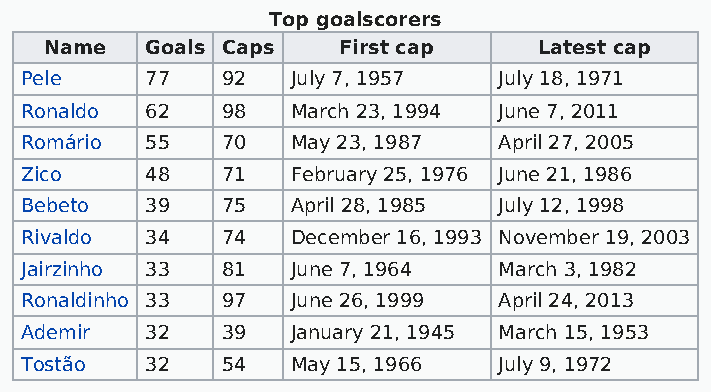
Top goalscorers
 Name   Goals Caps  First cap     Latest cap
 Pele     77   92  July 7, 1957  July 18, 1971
 Ronaldo  62   98  March 23, 1994 June 7, 2011
 Romário  55   70  May 23, 1987  April 27, 2005
 Zico     48   71  February 25, 1976 June 21, 1986
 Bebeto   39   75  April 28, 1985 July 12, 1998
 Rivaldo  34   74  December 16, 1993 November 19, 2003
 Jairzinho 33  81  June 7, 1964  March 3, 1982
 Ronaldinho 33 97  June 26, 1999 April 24, 2013
 Ademir   32   39  January 21, 1945 March 15, 1953
 Tostão   32   54  May 15, 1966  July 9, 1972